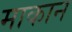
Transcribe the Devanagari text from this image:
माकान